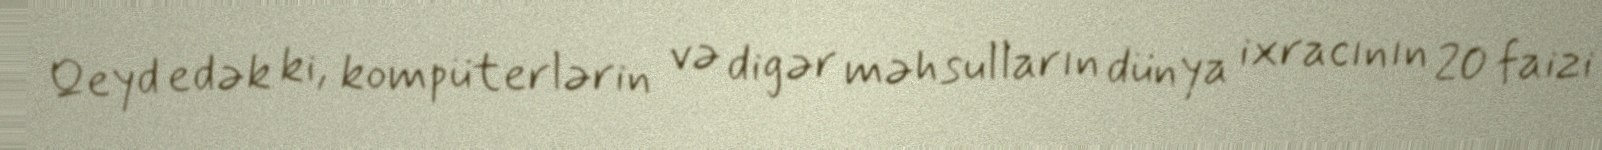
Qeyd edək ki, kompüterlərin və digər məhsulların dünya ixracının 20 faizi